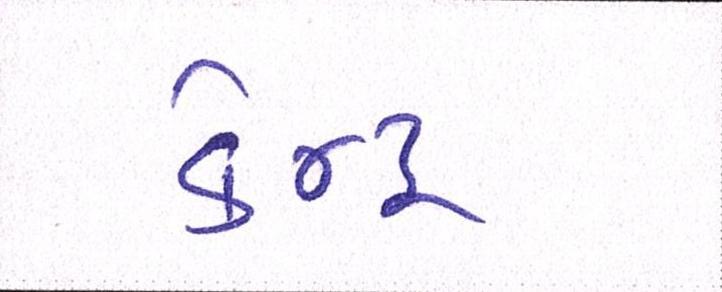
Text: કેન્દ્ર